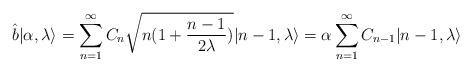
LaTeX: \begin{align*}\hat b \vert \alpha, \lambda \rangle = \sum_{n=1}^{\infty} C_{n}\sqrt{n(1+\frac{n-1}{2\lambda})} \vert n-1,\lambda\rangle = \alpha\sum_{n=1}^{\infty} C_{n-1} \vert n-1,\lambda\rangle \end{align*}